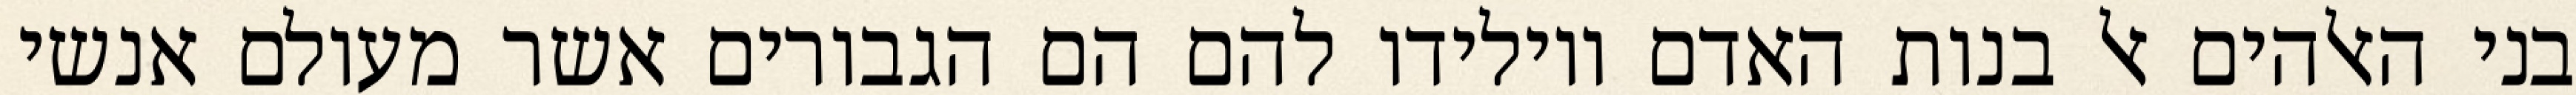
בני האלהים אל בנות האדם ויולידו להם הם הגבורים אשר מעולם אנשי